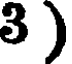
3 )